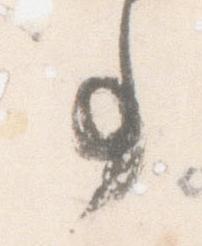
事